Indian Civil Veterinary Department memoirs
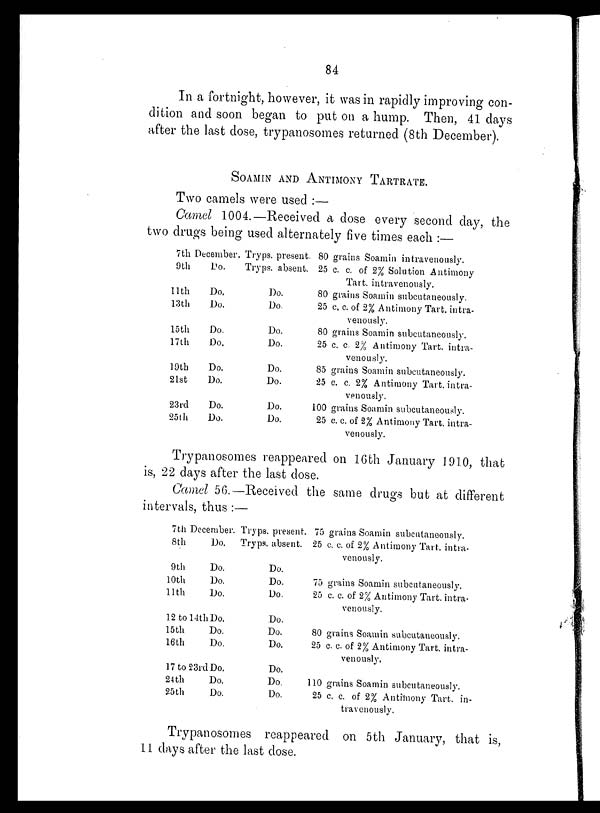
84
In a fortnight, however, it was in rapidly improving con-
dition and soon began to put on a hump. Then, 41 days
after the last dose, trypanosomes returned (8th December).
SOAMIN AND ANTIMONY TARTRATE.
Two camels were used:—
Camel 1004.—Received a dose every second day, the
two drugs being used alternately five times each:—
7th December.
9th
Do.
11th
Do.
13th
Do.
15th
Do.
17th
Do.
19th
Do.
21st
Do.
23rd
Do.
25th
Do.
Tryps. present.
Tryps. absent.
Do.
Do.
Do.
Do.
Do.
Do.
Do.
Do.
80 grains Soamin intravenously.
25 c. c. of 2% Solution Antimony
Tart. intravenously.
80 grains Soamin subcutaneously.
25 c. c. of 2% Antimony Tart. intra-
venously.
80 grains Soamin subcutaneously.
25 c. c. 2% Antimony Tart. intra-
venously.
85 grains Soamin subcutaneously.
25 c. c. 2% Antimony Tart. intra-
venously.
100 grains Soamin subcutaneously.
25 c. c. of 2% Antimony Tart. intra-
venously.
Trypanosomes reappeared on 16th January 1910, that
is, 22 days after the last dose.
Camel 56.—Received the same drugs but at different
intervals, thus:—
7th December.
8th
Do.
9th
Do.
10th
Do.
11th
Do.
12 to 14th Do.
15th
Do.
16th
Do.
17 to 23rd Do.
24th
Do.
25th
Do.
Tryps. present.
Tryps. absent.
Do.
Do.
Do.
Do.
Do.
Do.
Do.
Do.
Do.
75 grains Soamin subcutaneously.
25 c. c. of 2% Antimony Tart. intra-
venously.
75 grains Soamin subcutaneously.
25 c. c. of 2% Antimony Tart. intra-
venously.
80 grains Soamin subcutaneously.
25 c. c. of 2% Antimony Tart. intra-
venously.
110 grains Soamin subcutaneously.
25 c. c. of 2% Antimony Tart. in-
travenously.
Trypanosomes reappeared on 5th January, that is,
11 days after the last dose.